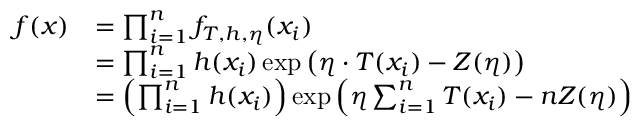
\begin{array} { r l } { f ( x ) } & { = \prod _ { i = 1 } ^ { n } f _ { T , h , \eta } ( x _ { i } ) } \\ & { = \prod _ { i = 1 } ^ { n } { h ( x _ { i } ) \exp \left( \eta \cdot T ( x _ { i } ) - Z ( \eta ) \right) } } \\ & { = \left( \prod _ { i = 1 } ^ { n } { h ( x _ { i } ) } \right) \exp \left( \eta \sum _ { i = 1 } ^ { n } { T ( x _ { i } ) } - n Z ( \eta ) \right) } \end{array}